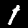
Digit: 1